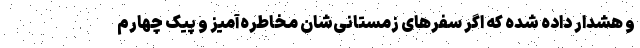
و هشدار داده شده که اگر سفرهای زمستانی‌شان مخاطره‌آمیز و پیک چهارم